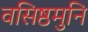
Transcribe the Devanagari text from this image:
वसिष्ठमुनि